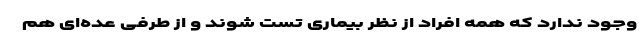
وجود ندارد که همه افراد از نظر بیماری تست شوند و از طرفی عده‌ای هم